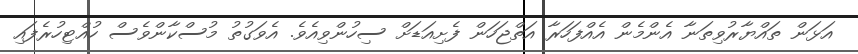
އަޅަން ތައްޔާރުވިތަނާ އެންމެން އެއްފަހަރާ އަތްޖަހަން ފެށިއަޑަށް ސިހުންވިއެވެ. އެވަގުތު މުސްކާންވެސް ހުއްޓިހުރެފައި